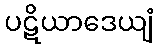
ပဋိယာဒေယျံ